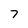
Character: 7